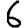
Digit: 6